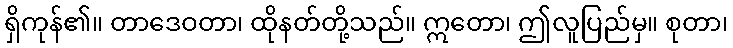
ရှိကုန်၏။ တာဒေဝတာ၊ ထိုနတ်တို့သည်။ ဣတော၊ ဤလူပြည်မှ။ စုတာ၊